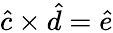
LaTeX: \hat{c}\times\hat{d}=\hat{e}